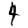
Digit: 4